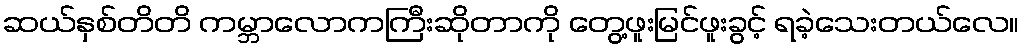
ဆယ်နှစ်တိတိ ကမ္ဘာလောကကြီးဆိုတာကို တွေ့ဖူးမြင်ဖူးခွင့် ရခဲ့သေးတယ်လေ။